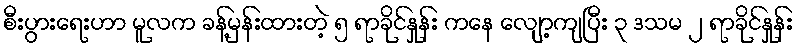
စီးပွားရေးဟာ မူလက ခန့်မှန်းထားတဲ့ ၅ ရာခိုင်နှုန်း ကနေ လျော့ကျပြီး ၃ ဒသမ ၂ ရာခိုင်နှုန်း